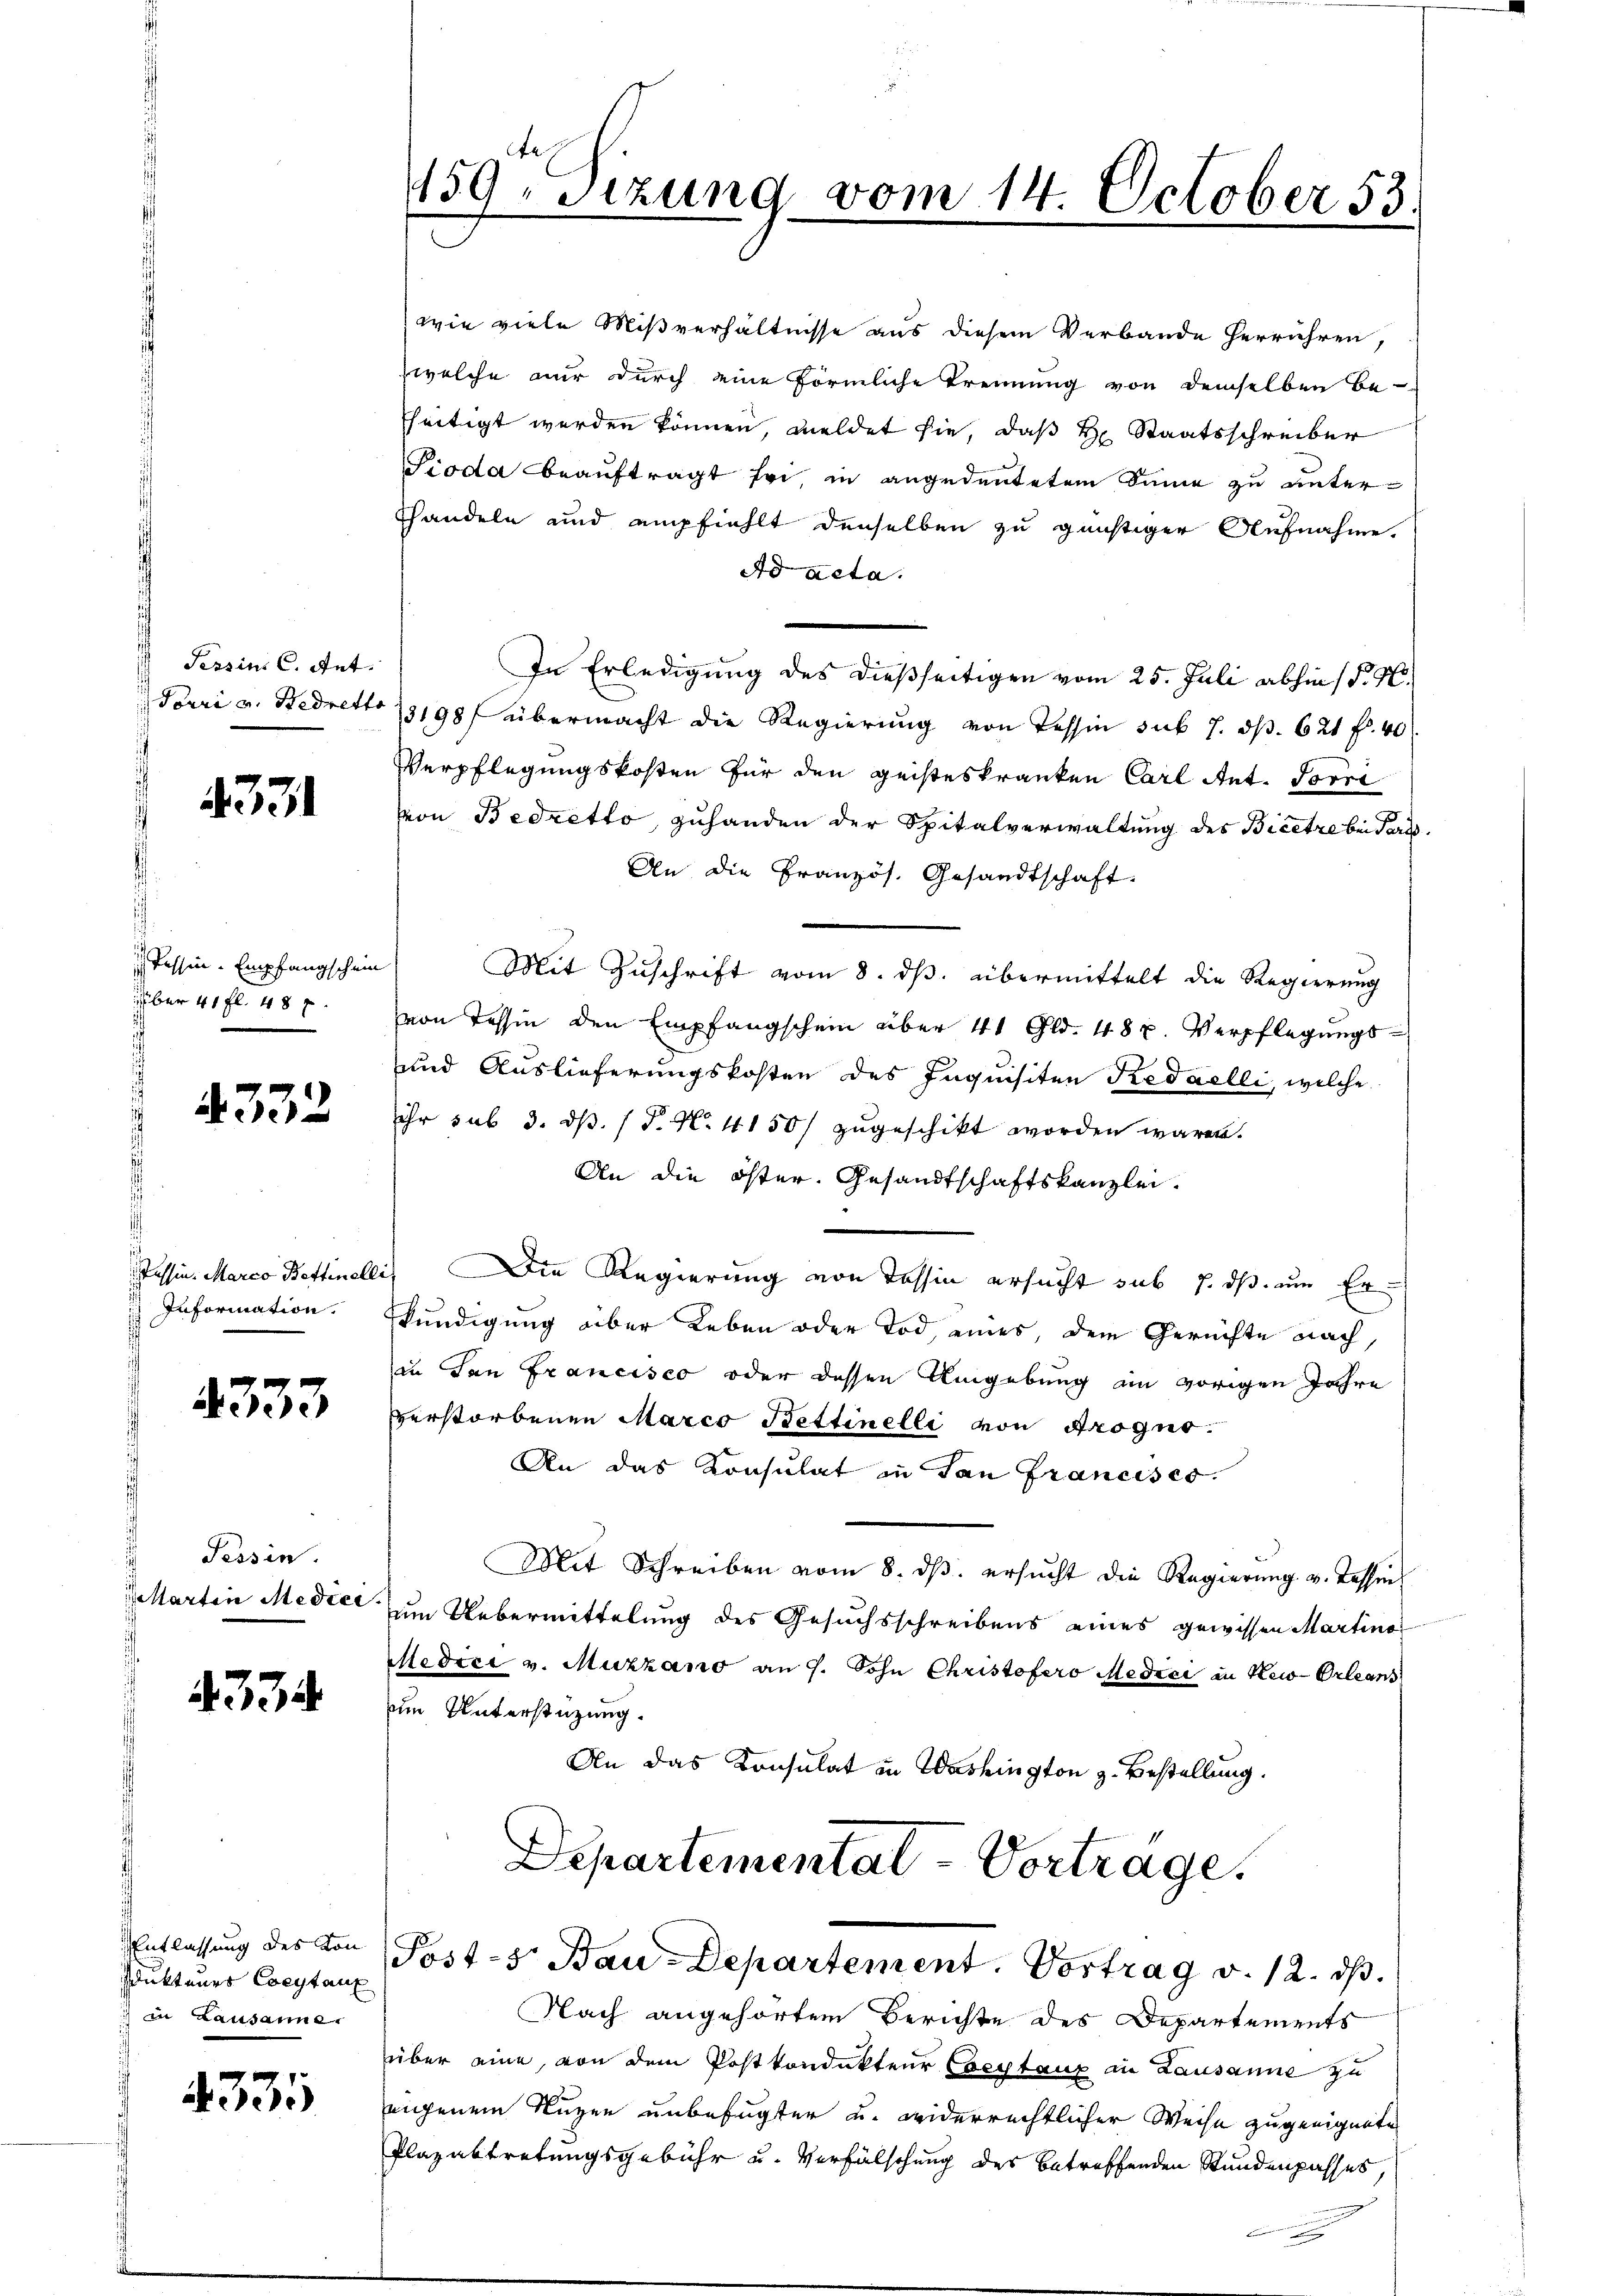
Tessin C. Ant.
Touri v. Bedretto

4331

Tessin-Empfangschein
über 41 fl. 48 x

332

Passin. Marco Bettinell
 Information.

4333

Tessin.
Martin Medici

4334

ukteurs Coeytaux
) in Lausanne.

331

159. Sizung vom 14. October 53.

wie viele Mißverhältnisse aus diesem Verbande herrühren,
welche nur durch eine förmliche Trennung von demselben be-
seitigt werden können, meldet sie, daß Hr. Staatsschreiber
Pioda beauftragt sei, in angedeutetem Sinne zu unter¬
Thandeln und empfiehlt denselben zu günstiger Aufnahme.
Ad acta.
In Erledigung des dießseitigen vom 25. Juli abhin (§. 16.
13198 übermacht die Regierung von Tessin sub 7. ds. 621 f. 40
Verpflegungskosten für den geisteskranken Carl Ant. Torri
von Bedretto, zuhanden der Spitalverwaltung des Bicetze bei Paris
An die Französ. Gesandtschaft
Mit Zuschrift vom 8. ds. übermittelt die Regierung
von Tessin den Empfangschein über 41 Gld. 48 u. Verpflegungs¬
und Auslieferungskosten des Inquisiten Redaelli, welche
ihr sub 3. ds. (T. N. 4150) zugeschikt worden wären.
An die öster. Gesandtschaftskanzlei.
1.) Die Regierung von Tessin ersucht sub 7. ds. um Erkündigung über Leben oder Tod, eines, dem Gerichte nach,
in San Francisco oder dessen Umgebung am vorigen Jahre
verstorbenen Marco Bettinelli von Progno
An das Konsulat in San Francises.
Mit Schreiben vom 8. dβ ersŭcht die Regierŭng v. Tessin
um Uebermittelung des Gesuchsschreibens eines gewissen Martino
Medici v. Muzzano am 7. Sohn Christofero Medici in New-Orleans
um Unterstüzung.
An das Konsulat in Washington z. Bestellung.
Departementat-Vorträge.

Entlassŭng des von Post - Bau-Departement. Vortrag v. 12. dβ.

Nach angehörten Berichte des Departements
über eine, von dem Postkondukteur Coeytaux in Lausanne zu
eigenem Nuzen unbefugter u. widerrechtlicher Weise zugeeignete
Plazabtretungsgebühr u. Verfälschung des betreffenden Stundenpasses,
f
g